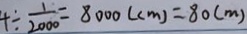
4 \div \frac { 1 } { 2 0 0 0 } = 8 0 0 0 ( c m ) = 8 0 ( m )